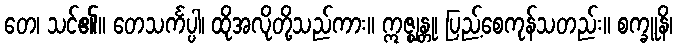
တေ၊ သင်၏။ တေသင်္ကပ္ပါ၊ ထိုအလိုတို့သည်ကား။ ဣဇ္ဈန္တု၊ ပြည့်စေကုန်သတည်း။ စက္ခူနိ၊